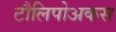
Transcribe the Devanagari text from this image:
टौलिपोअकस